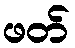
ဖတ်